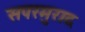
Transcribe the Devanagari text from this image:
सपरमुराद